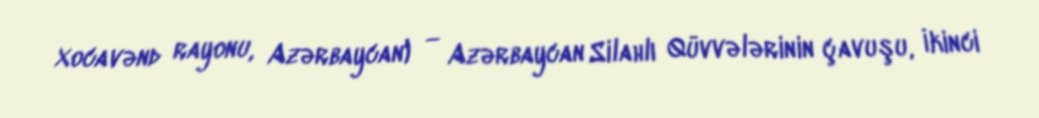
Xocavənd rayonu, Azərbaycan) — Azərbaycan Silahlı Qüvvələrinin çavuşu, İkinci